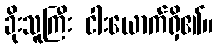
ခိုးသူကြီး ငါးယောက်ရှိ၏။